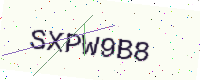
Text: SXPW9B8